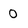
Character: 0